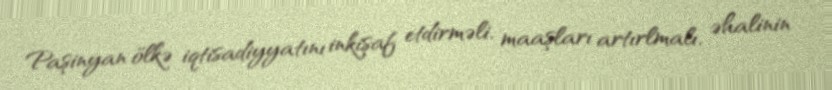
Paşinyan ölkə iqtisadiyyatını inkişaf etdirməli, maaşları artırlmalı, əhalinin